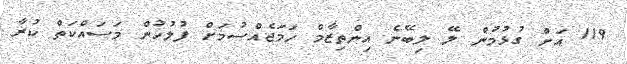
119 އަށް ގުޅުމުން ލޭ ލިބޭނެ އިންތިޒާމް ހަމަޖެއްސުމަށް ފުލުހުން މަސައްކަތް ކުރާ